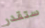
ستقدر